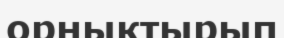
орнықтырып